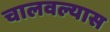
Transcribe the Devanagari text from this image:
चालवल्यास